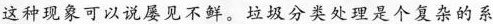
这种现象可以说屡见不鲜。垃圾分类处理是个复杂的系